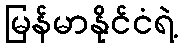
မြန်မာနိုင်ငံရဲ့